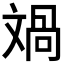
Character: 𣁘